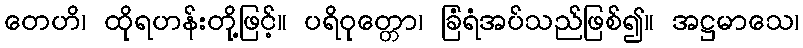
တေဟိ၊ ထိုရဟန်းတို့ဖြင့်။ ပရိဝုတ္တော၊ ခြံရံအပ်သည်ဖြစ်၍။ အဋ္ဌမာသေ၊